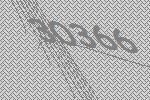
30366